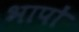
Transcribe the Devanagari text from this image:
भापों